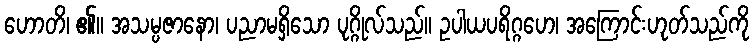
ဟောတိ၊ ၏။ အသမ္ပဇာနော၊ ပညာမရှိသော ပုဂ္ဂိုလ်သည်။ ဥပါယပရိဂ္ဂဟေ၊ အကြောင်းဟုတ်သည်ကို